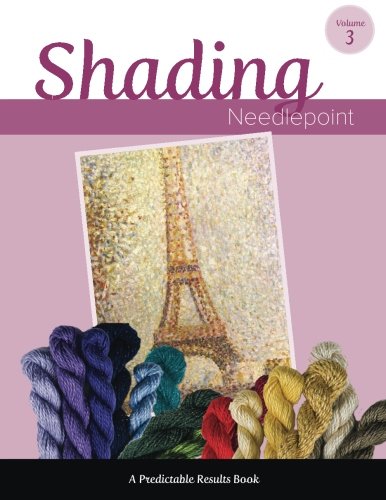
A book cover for Shading Needlepoint (Predictable Results) (Volume 3); Janet M Perry; Crafts, Hobbies & Home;